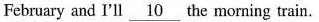
February and I'll \underline{10} the morning train.